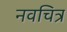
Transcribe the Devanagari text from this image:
नवचित्र